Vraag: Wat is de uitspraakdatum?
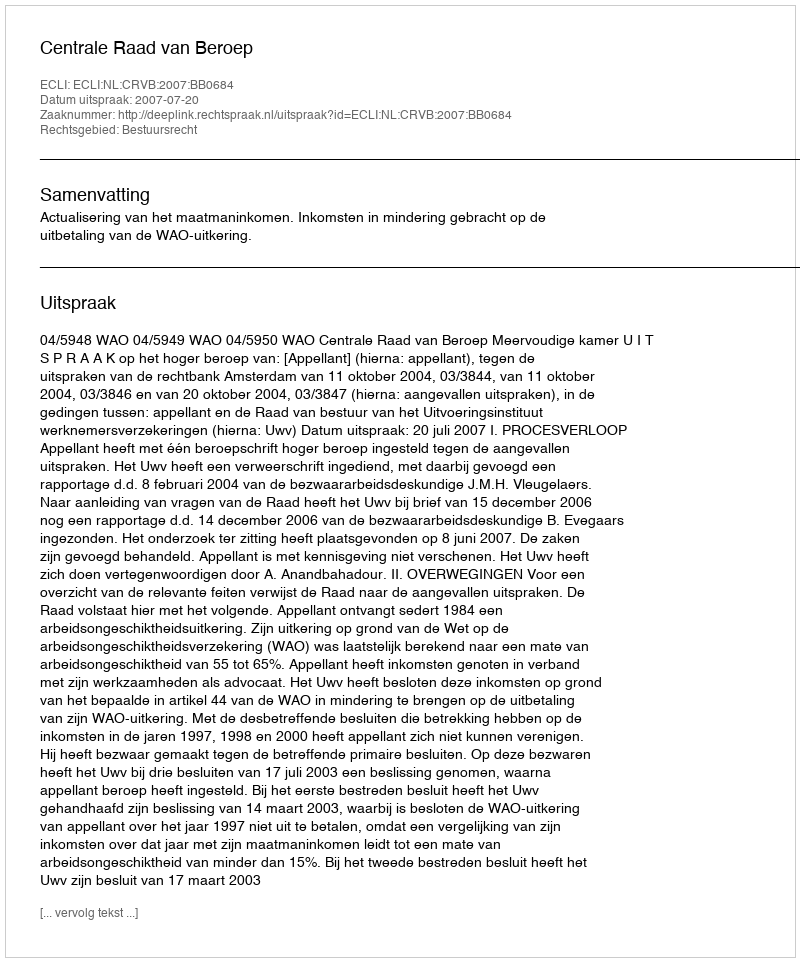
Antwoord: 2007-07-20